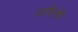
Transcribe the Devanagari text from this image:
व्यक्तिंषी